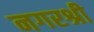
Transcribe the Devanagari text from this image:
नगरश्री